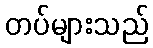
တပ်များသည်